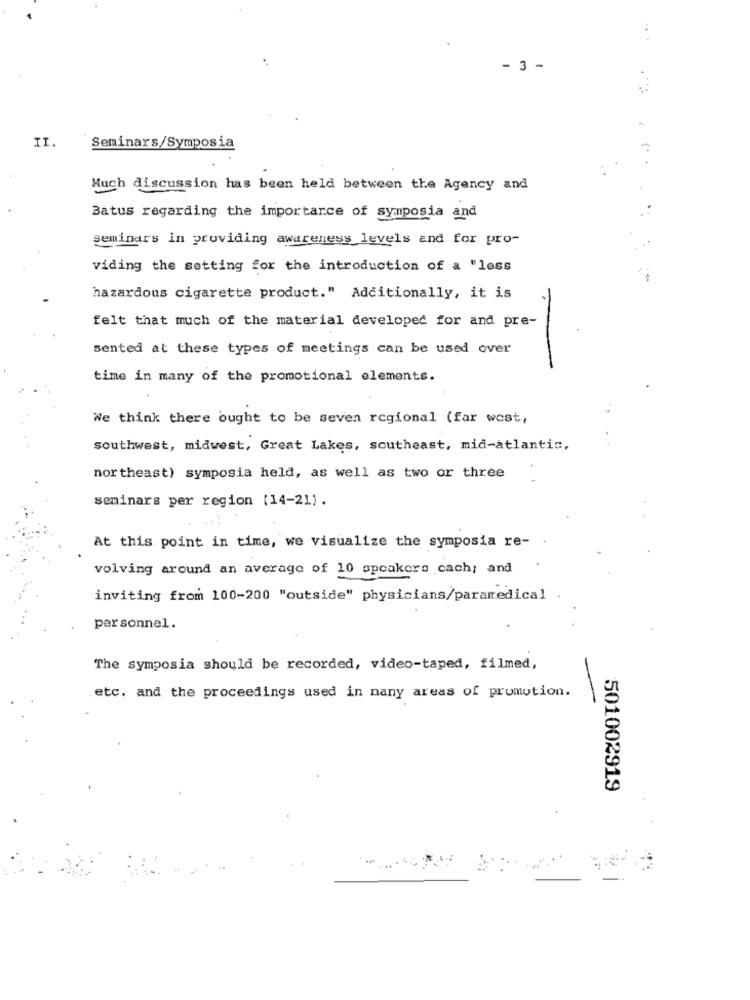
- 3 -
II.
Seminars/Symposia
Much discussion has been held between the Agency and
Batus regarding the importance of symposia and
seminars in providing awareness levels and for pro-
viding the setting for the introduction of a "less
hazardous cigarette product." Additionally, it is
felt that much of the material developed for and pre-
sented at these types of meetings can be used over
time in many of the promotional elements.
We think there ought to be seven regional (far west,
southwest, midwest, Great Lakes, southeast, mid-atlantic,
northeast) symposia held, as well as two or three
seminars per region [14-21).
At this point in time, we visualize the symposia re-
volving around an average of 10 speakers cach; and
inviting from 100-200 "outside" physicians/paramedical
personnel.
The symposia should be recorded, video-taped, filmed,
etc. and the proceedings used in many areas of promotion.
501002919